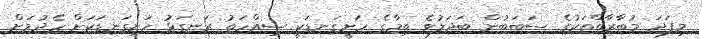
މިފަދަ މުބާރާތްތަކުގެ ސަބަބުން ބަދަލުވެ ތިމާގެ ހަށީގަނޑަކީ ސިއްހަތު ރަނގަޅު ހަށިގަނޑަކަށް ހެދުމަށް